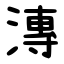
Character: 漙